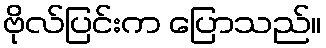
ဗိုလ်ပြင်းက ပြောသည်။